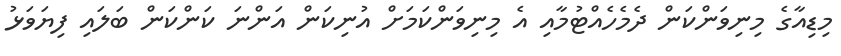
މިޑިއާގެ މިނިވަންކަން ދެމެހެއްޓުމާއި އެ މިނިވަންކަމަށް އުނިކަން އަންނަ ކަންކަން ބަލައި ފިޔަވަޅު